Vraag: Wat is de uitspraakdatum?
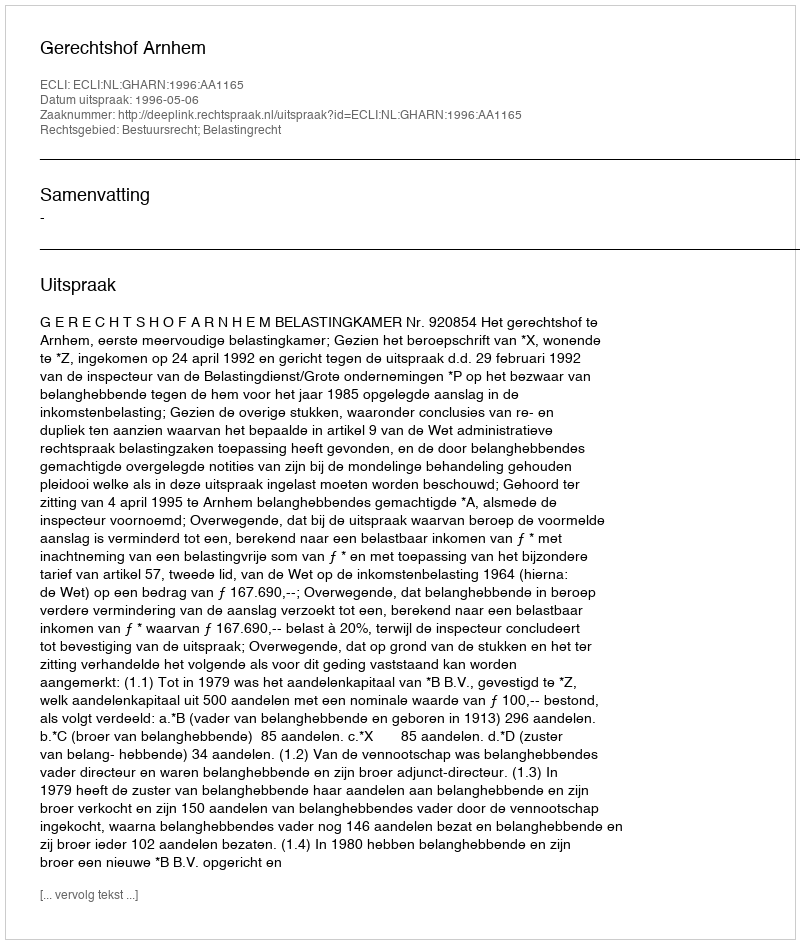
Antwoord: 1996-05-06